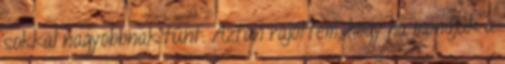
sokkal nagyobbnak tűnt. Aztán rájöttem, hogy ha mondjuk a